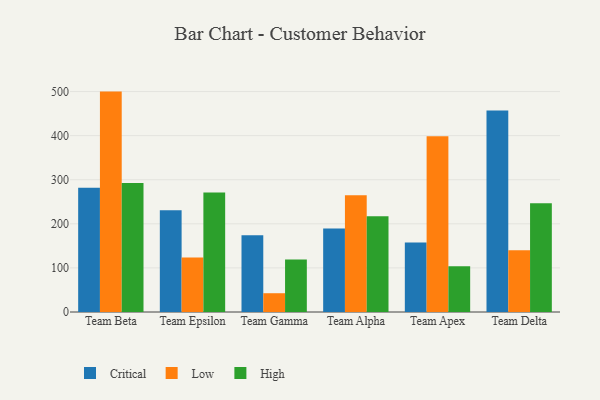
{"axis": {"x": "Team", "y": "Production Output"}, "legend": ["Critical", "High", "Low"], "data": [{"x": "Team Beta", "y": 281.6, "type": "Critical"}, {"x": "Team Beta", "y": 499.9, "type": "Low"}, {"x": "Team Beta", "y": 292.6, "type": "High"}, {"x": "Team Epsilon", "y": 230.9, "type": "Critical"}, {"x": "Team Epsilon", "y": 123.7, "type": "Low"}, {"x": "Team Epsilon", "y": 271.1, "type": "High"}, {"x": "Team Gamma", "y": 173.8, "type": "Critical"}, {"x": "Team Gamma", "y": 42.6, "type": "Low"}, {"x": "Team Gamma", "y": 119.2, "type": "High"}, {"x": "Team Alpha", "y": 189.5, "type": "Critical"}, {"x": "Team Alpha", "y": 264.8, "type": "Low"}, {"x": "Team Alpha", "y": 217.1, "type": "High"}, {"x": "Team Apex", "y": 157.8, "type": "Critical"}, {"x": "Team Apex", "y": 398.7, "type": "Low"}, {"x": "Team Apex", "y": 104.0, "type": "High"}, {"x": "Team Delta", "y": 456.8, "type": "Critical"}, {"x": "Team Delta", "y": 140.3, "type": "Low"}, {"x": "Team Delta", "y": 246.6, "type": "High"}]}